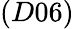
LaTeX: (D06)